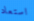
استعاد